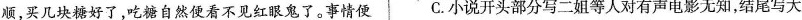
顺，买几块糖好了，吃糖自然便看不见红眼鬼了。事情便 C.小说开头部分写二姐等人对有声电影无知，结尾写大